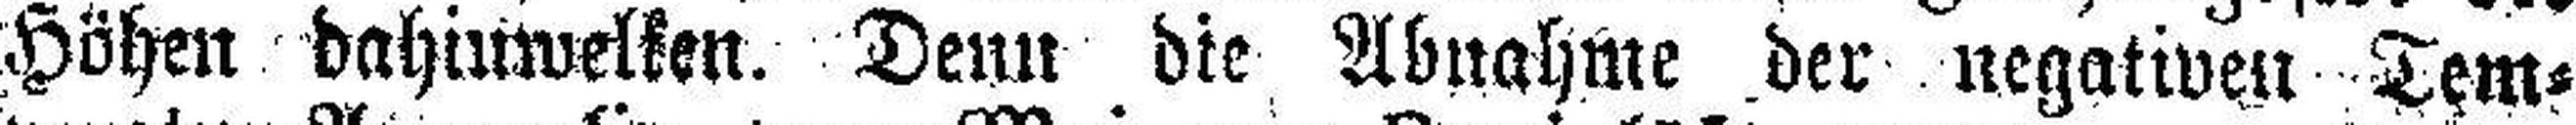
Höhen dahinwelken. Denn die Abnahme der negativen Tem¬